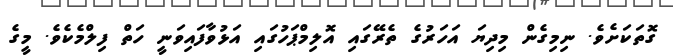
ގޮތަކަށެވެ. ނިމިގެން މިދިޔަ އަހަރުގެ ތެރޭގައި އޮލިމްޕަހުގައި އަޅުވާފައިވަނީ ހަތް ފިލްމެކެވެ. މީގެ